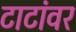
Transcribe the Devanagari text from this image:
टाटांवर